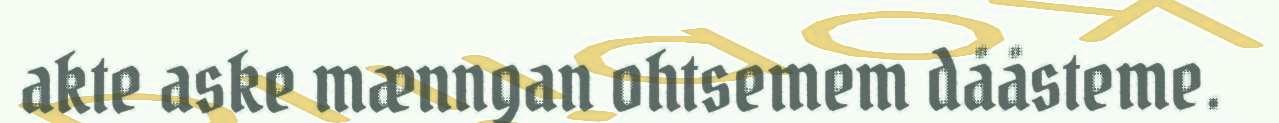
akte aske mænngan ohtsemem dååsteme.